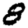
Digit: 8